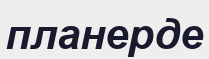
планерде